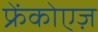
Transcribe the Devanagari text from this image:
फ्रेंकोएज़